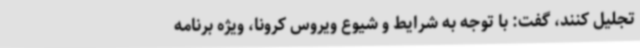
تجلیل کنند، گفت: با توجه به شرایط و شیوع ویروس کرونا، ویژه برنامه